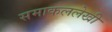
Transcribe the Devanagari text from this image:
समाकललेखी